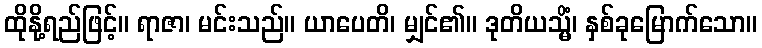
ထိုနို့ရည်ဖြင့်။ ရာဇာ၊ မင်းသည်။ ယာပေတိ၊ မျှင်၏။ ဒုတိယသ္မိံ၊ နှစ်ခုမြောက်သော။